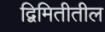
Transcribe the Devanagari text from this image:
द्विमितीतील